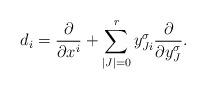
LaTeX: \begin{gather*}d_i = \frac{\partial}{\partial x^i} + \sum_{|J|=0}^r y^\sigma_{Ji} \frac{\partial}{\partial y^\sigma_J}.\end{gather*}